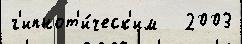
г'ипнот'и́ческ'им   2003